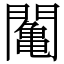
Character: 䦰